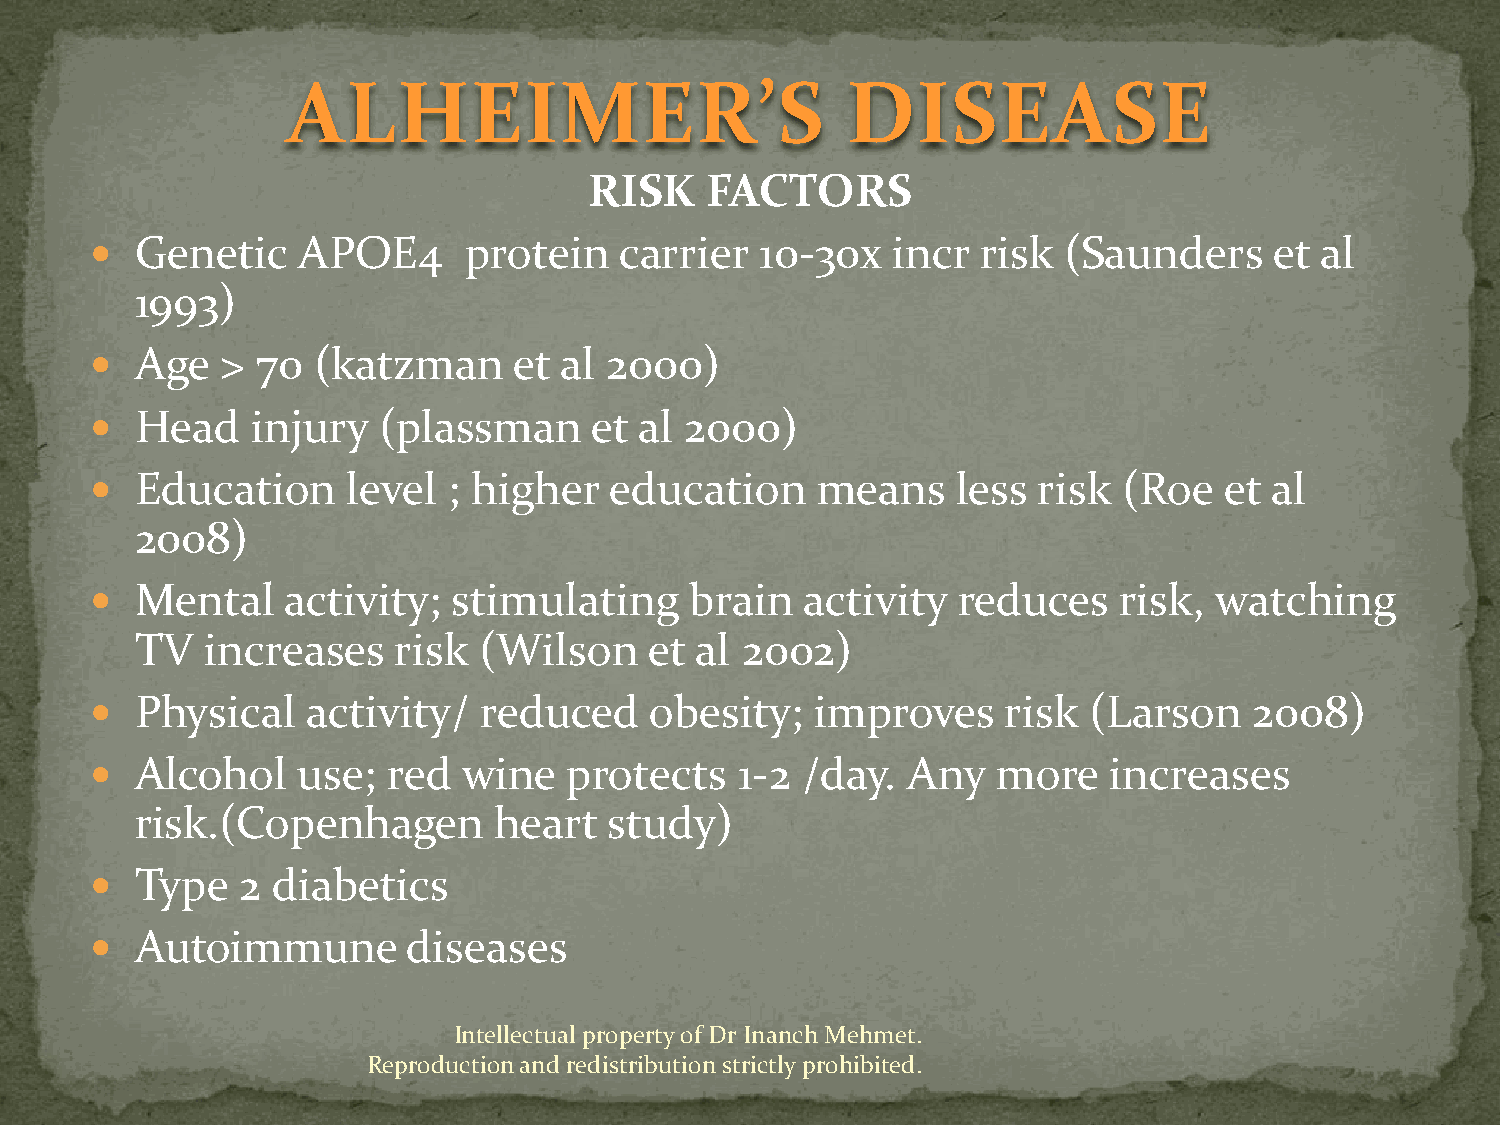
ALHEIMER’S                           DISEASE
 RISK    FACTORS
   Genetic    APOE4      protein   carrier  10-30x   incr  risk  (Saunders    et al
 1993)
   Age   > 70  (katzman     et al 2000)
   Head    injury  (plassman     et al 2000)
   Education     level  ; higher  education     means    less  risk (Roe   et al
 2008)
   Mental    activity;  stimulating     brain  activity  reduces    risk, watching
 TV   increases   risk  (Wilson    et al 2002)
   Physical   activity/   reduced    obesity;   improves     risk (Larson    2008)
   Alcohol    use;  red  wine   protects   1-2 /day.  Any   more    increases
 risk.(Copenhagen        heart  study)
   Type   2 diabetics
   Autoimmune        diseases
 Intellectual property of Dr Inanch Mehmet.
 Reproduction and redistribution strictly prohibited.